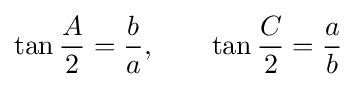
\tan {\frac {A}{2}}={\frac {b}{a}},\qquad \tan {\frac {C}{2}}={\frac {a}{b}}